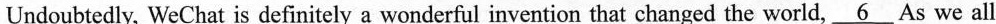
hat Undoubtedly, WeChat is definitely a wonderful invention that changed the world,\underline{6}As we all